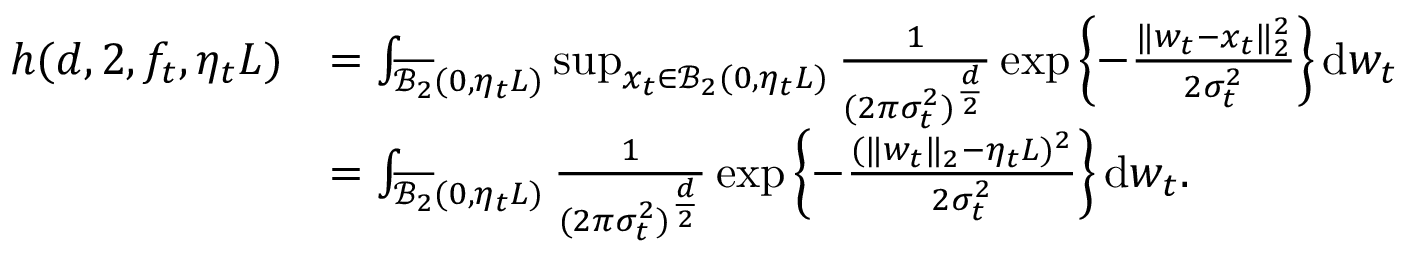
\begin{array} { r l } { h ( d , 2 , f _ { t } , \eta _ { t } L ) } & { = \int _ { \overline { { \mathcal { B } _ { 2 } } } ( 0 , \eta _ { t } L ) } \operatorname* { s u p } _ { x _ { t } \in \mathcal { B } _ { 2 } ( 0 , \eta _ { t } L ) } \frac { 1 } { ( 2 \pi \sigma _ { t } ^ { 2 } ) ^ { \frac { d } { 2 } } } \exp \left\lbrace - \frac { \| w _ { t } - x _ { t } \| _ { 2 } ^ { 2 } } { 2 \sigma _ { t } ^ { 2 } } \right\rbrace \mathrm { d } w _ { t } } \\ & { = \int _ { \overline { { \mathcal { B } _ { 2 } } } ( 0 , \eta _ { t } L ) } \frac { 1 } { ( 2 \pi \sigma _ { t } ^ { 2 } ) ^ { \frac { d } { 2 } } } \exp \left\lbrace - \frac { ( \| w _ { t } \| _ { 2 } - \eta _ { t } L ) ^ { 2 } } { 2 \sigma _ { t } ^ { 2 } } \right\rbrace \mathrm { d } w _ { t } . } \end{array}